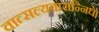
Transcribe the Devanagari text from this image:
वात्सल्यवारान्निधे।